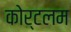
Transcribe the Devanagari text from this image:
कोर्टलम